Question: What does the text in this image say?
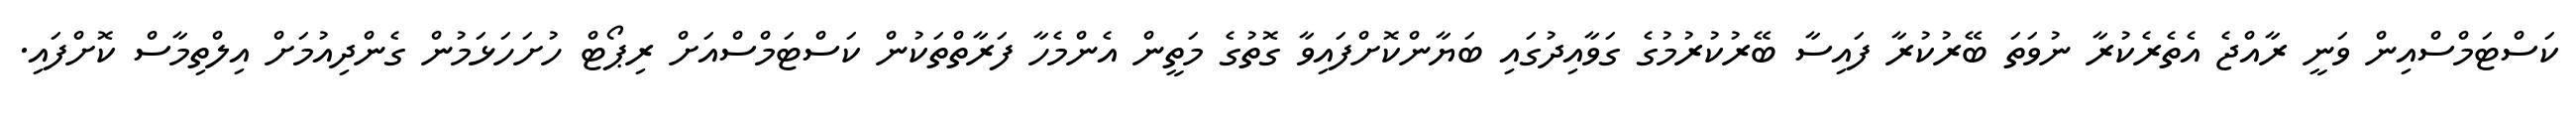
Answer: ކަސްޓަމްސްއިން ވަނީ ރާއްޖެ އެތެރެކުރާ ނުވަތަ ބޭރުކުރާ ފައިސާ ބޭރުކުރުމުގެ ގަވާއިދުގައި ބަޔާންކޮށްފައިވާ ގޮތުގެ މަތީން އެންމެހާ ފަރާތްތަކުން ކަސްޓަމްސްއަށް ރިޕޯޓް ހުށަހަޅަމުން ގެންދިއުމަށް އިލްތިމާސް ކޮށްފައި.